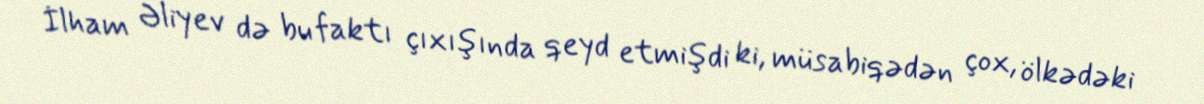
İlham Əliyev də bu faktı çıxışında qeyd etmişdi ki, müsabiqədən çox, ölkədəki